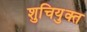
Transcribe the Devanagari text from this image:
शुचियुक्त